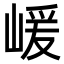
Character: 嵈